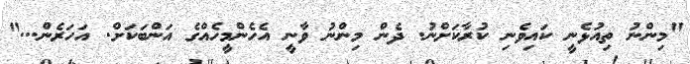
"މިންނު ތިއުޅެނީ ކައިވެނި ކުރާކަށްނު. ދެން މިންނު ވާނީ އެހެންމީހެއްގެ އަންބަކަށް. އަހަރެން..."